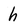
Character: h